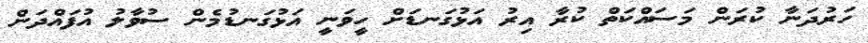
ހަރުދަނާ ކުރަން މަސައްކަތް ކުރާ އިރު އަޅުގަނޑަށް ހީވަނީ އަޅުގަނޑުމެން ސުވާލު އުފައްދަން